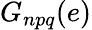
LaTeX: G_{npq}(e)